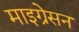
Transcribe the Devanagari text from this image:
माइग्रेसन